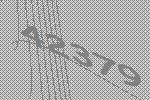
42379